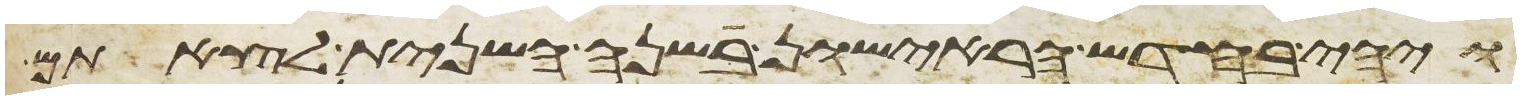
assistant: ויהי בחדש הראישון בשנה השנית לצאתם